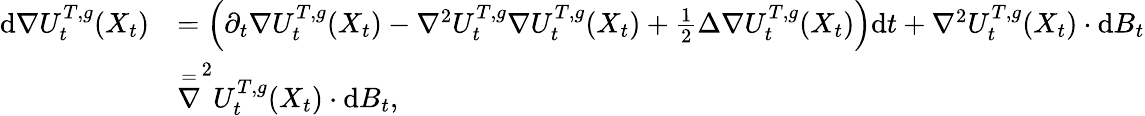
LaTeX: \begin{array}{rl}{\mathrm{d}\nabla U_{t}^{{T},{g}}(X_{t})}&{=\Big(\partial_{t}\nabla U_{t}^{{T},{g}}(X_{t})-\nabla^{2}U_{t}^{{T},{g}}\nabla U_{t}^{{T},{g}}(X_{t})+\frac{1}{2}\Delta\nabla U_{t}^{{T},{g}}(X_{t})\Big)\mathrm{d}t+\nabla^{2}U_{t}^{{T},{g}}(X_{t})\cdot\mathrm{d}B_{t}}\\ &{\stackrel{=}\nabla^{2}U_{t}^{{T},{g}}(X_{t})\cdot\mathrm{d}B_{t},}\end{array}